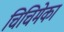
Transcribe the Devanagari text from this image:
चिचिमेका